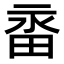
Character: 𭻑